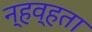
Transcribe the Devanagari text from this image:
न्हव्हता